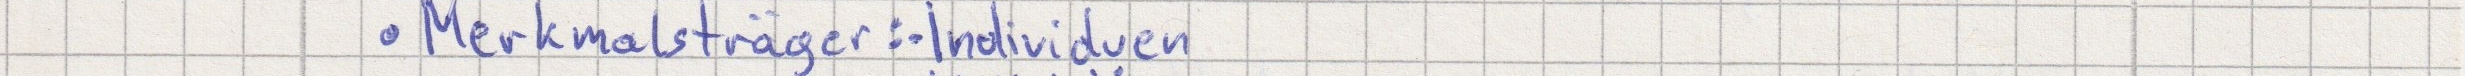
Merkmalsträger: Individuen